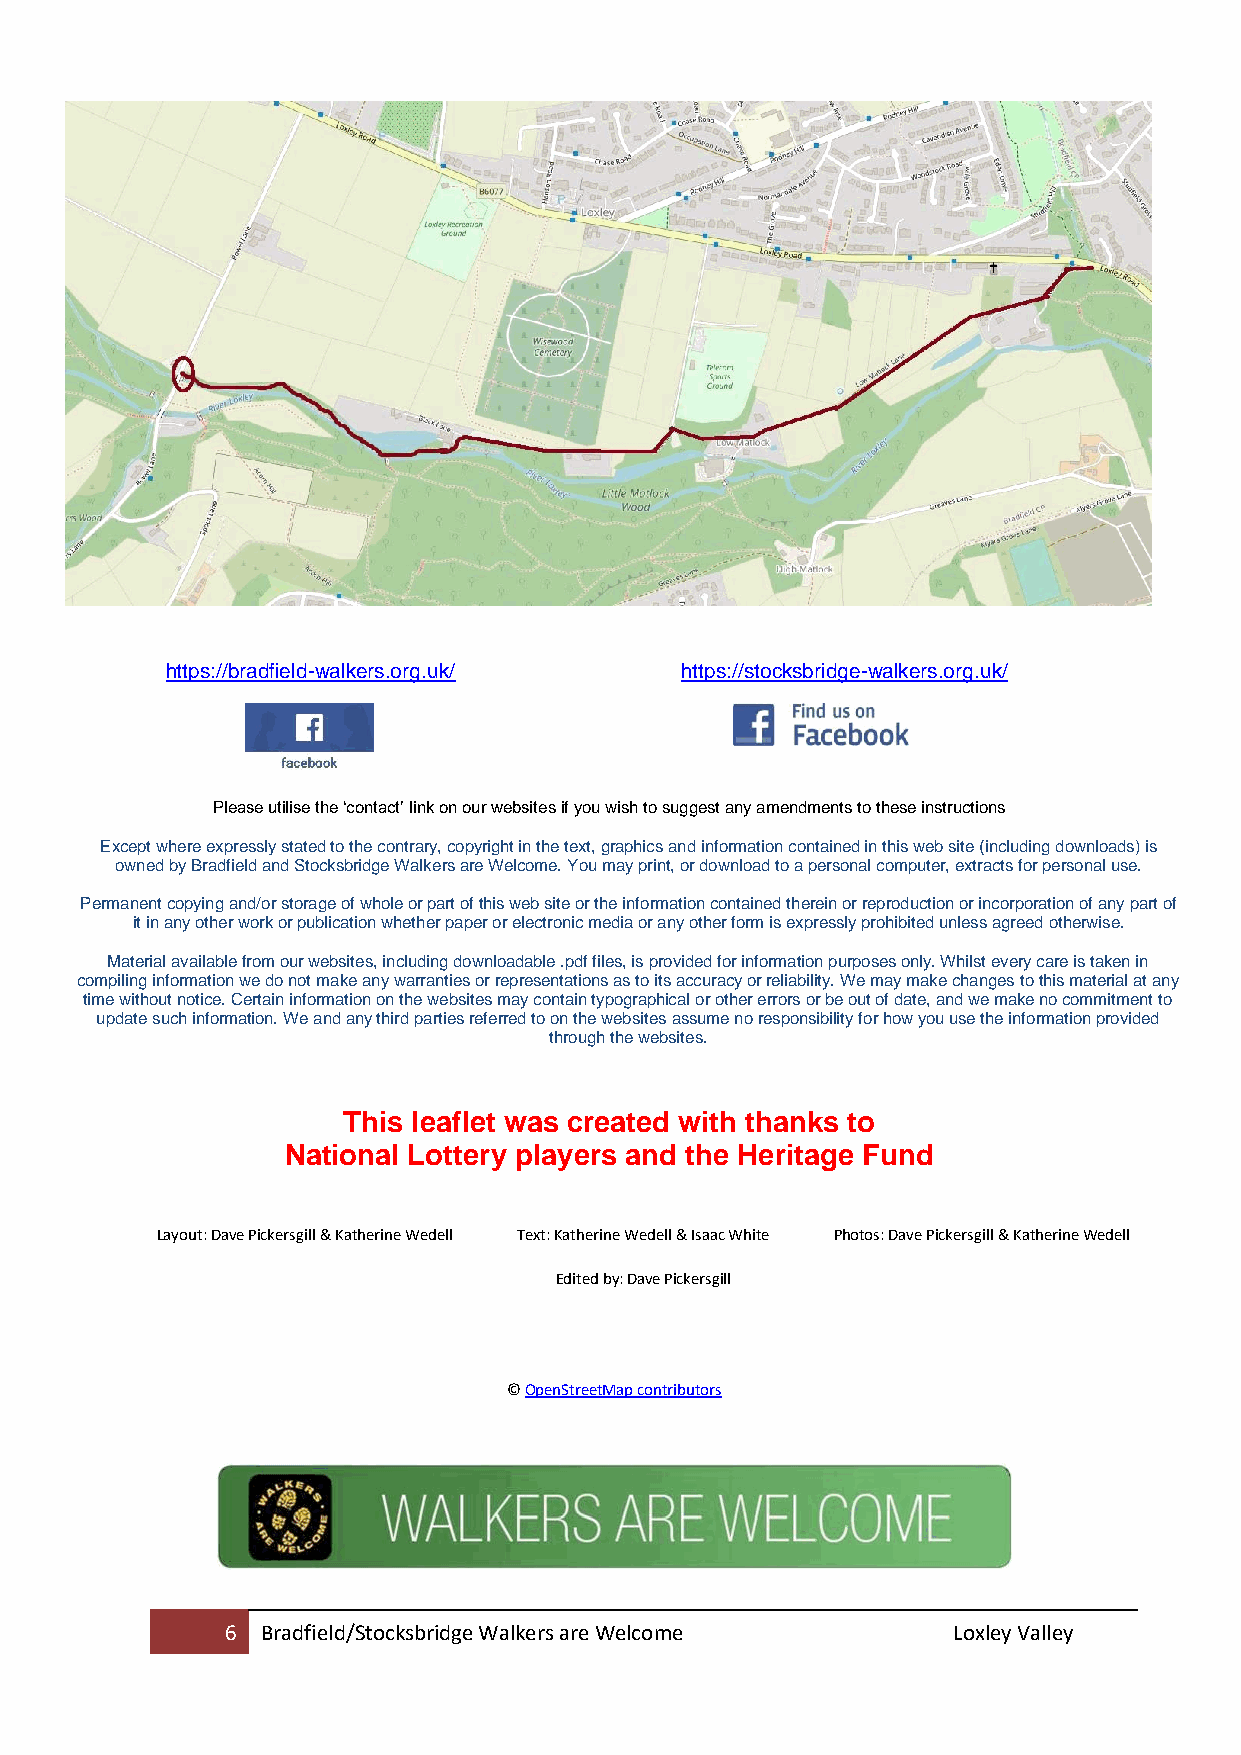
https://bradfield-walkers.org.uk/ https://stocksbridge-walkers.org.uk/
 Please utilise the ‘contact’ link on our websites if you wish to suggest any amendments to these instructions
 Except where expressly stated to the contrary, copyright in the text, graphics and information contained in this web site (including downloads) is
 owned by Bradfield and Stocksbridge Walkers are Welcome. You may print, or download to a personal computer, extracts for personal use.
 Permanent copying and/or storage of whole or part of this web site or the information contained therein or reproduction or incorporation of any part of
 it in any other work or publication whether paper or electronic media or any other form is expressly prohibited unless agreed otherwise.
 Material available from our websites, including downloadable .pdf files, is provided for information purposes only. Whilst every care is taken in
 compiling information we do not make any warranties or representations as to its accuracy or reliability. We may make changes to this material at any
 time without notice. Certain information on the websites may contain typographical or other errors or be out of date, and we make no commitment to
 update such information. We and any third parties referred to on the websites assume no responsibility for how you use the information provided
 through the websites.
 This leaflet was created with thanks to
 National Lottery players and the Heritage Fund
 Layout: Dave Pickersgill & Katherine Wedell Text: Katherine Wedell & Isaac White Photos: Dave Pickersgill & Katherine Wedell
 Edited by: Dave Pickersgill
 © OpenStreetMap contributors
 6 Bradfield/Stocksbridge Walkers are Welcome    Loxley Valley